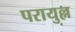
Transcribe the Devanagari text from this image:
परायुल्ल